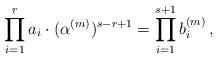
LaTeX: \begin{align*}\prod_{i=1}^ra_i\cdot(\alpha^{(m)})^{s-r+1}=\prod_{i=1}^{s+1}b_i^{(m)} \,,\end{align*}